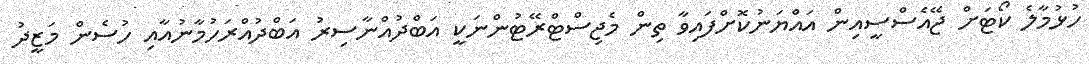
ހުޅުމާލެ ކޯޓަށް ޖޭއެސްސީއިން އައްޔަނުކޮށްފައިވާ ތިން މެޖިސްޓްރޭޓުންނަކީ އަބްދުއްނާސިރު އަބްދުއްރަހުމާނުއާއި ހުސެން މަޒީދު